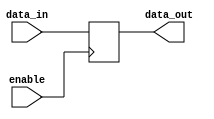
module gated_latch (
    input wire data_in,
    input wire enable,
    output reg data_out
);

reg latch;

always @(posedge enable)
begin
    if (enable)
        latch <= data_in;
end

assign data_out = latch;

endmodule